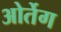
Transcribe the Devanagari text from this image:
ओर्तेग